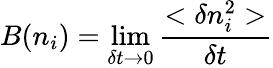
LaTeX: B(n_{i})=\operatorname*{lim}_{\delta t\to 0}\frac{<\delta n_{i}^{2}>}{\delta t}